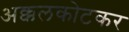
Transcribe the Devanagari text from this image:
अक्कलकोटकर